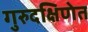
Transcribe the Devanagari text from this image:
गुरुदक्षिणेत